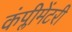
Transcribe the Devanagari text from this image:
कंप्लीमेंटरी